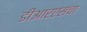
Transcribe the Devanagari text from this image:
डीआरएसचा